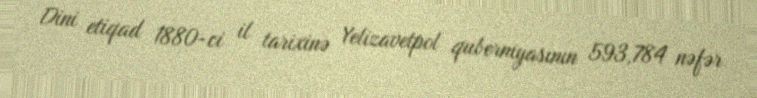
Dini etiqad 1880-ci il tarixinə Yelizavetpol quberniyasının 593,784 nəfər